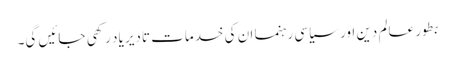
بطور عالم دین اور سیاسی رہنما ان کی خدمات تادیر یاد رکھی جائیں گی۔